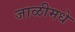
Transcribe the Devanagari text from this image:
जाळीमधे